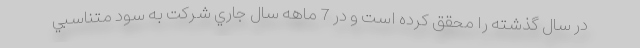
در سال گذشته را محقق کرده است و در 7 ماهه سال جاري شركت به سود متناسبي